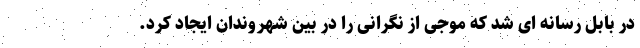
در بابل رسانه ای شد که موجی از نگرانی را در بین شهروندان ایجاد کرد.